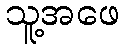
သူ့အဖေ